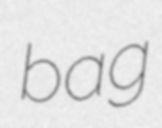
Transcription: bag